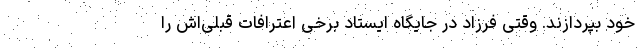
خود بپردازند. وقتی فرزاد در جایگاه ایستاد برخی اعترافات قبلی‌اش را